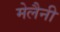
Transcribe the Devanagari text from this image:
मेलैनी